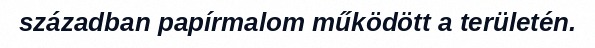
században papírmalom működött a területén.